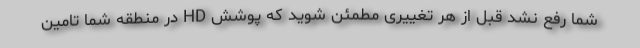
شما رفع نشد قبل از هر تغییری مطمئن شوید که پوشش HD در منطقه شما تامین